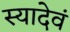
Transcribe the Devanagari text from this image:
स्यादेवं